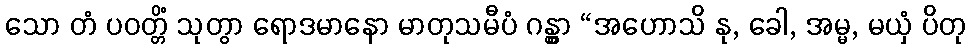
သော တံ ပဝတ္တိံ သုတွာ ရောဒမာနော မာတုသမီပံ ဂန္တွာ “အဟောသိ နု, ခေါ, အမ္မ, မယှံ ပိတု